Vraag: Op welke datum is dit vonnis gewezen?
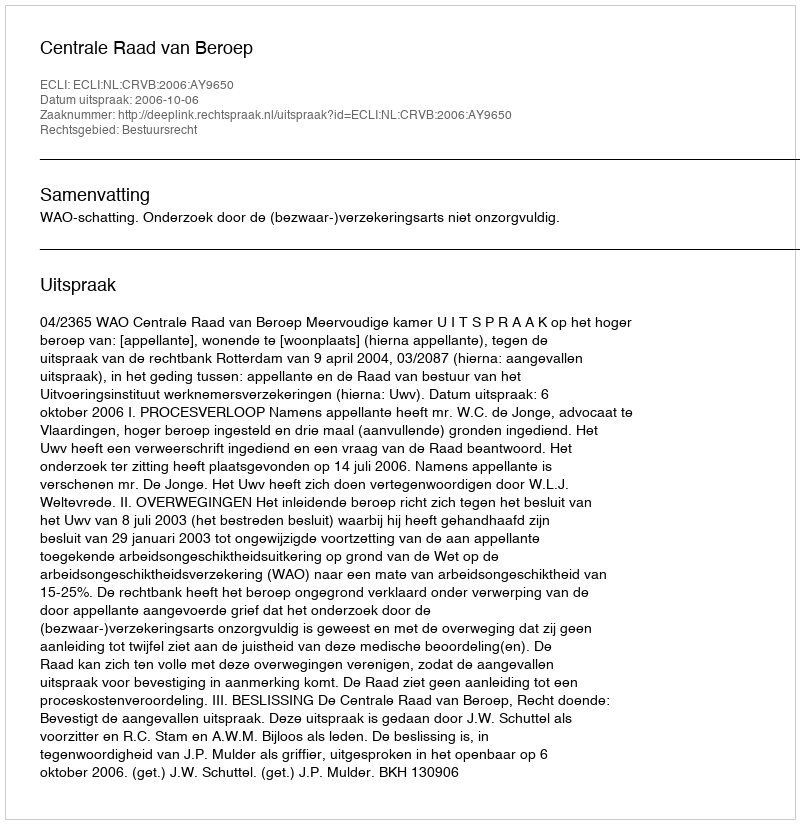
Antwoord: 2006-10-06